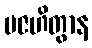
ပဇဟိတွာန